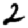
Digit: 2